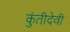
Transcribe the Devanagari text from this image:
कुंतीदेवी